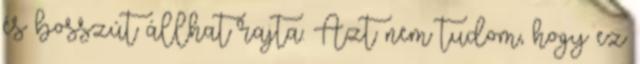
és bosszút állhat rajta. Azt nem tudom, hogy ez